Statistics compiled by the Government of India from the reports of provincial Civil Veterinary Departments
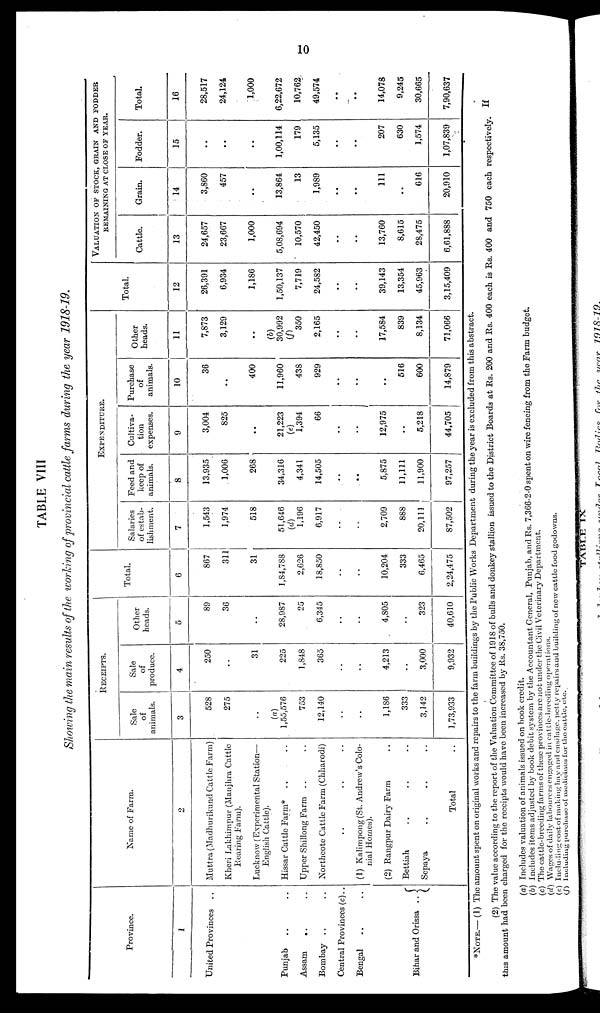
10
TABLE VIII
Showing the main results of the working of provincial cattle farms during the year 1918-19.
Province.
1
United Provinces ..
Punjab .. ..
Assam
.. ..
Bombay .. ..
Central Provinces (c)..
Bengal .. ..
Bihar and Orissa ..
Name of Farm.
2
Muttra (Madhurikund Cattle Farm)
Kheri Lakhimpur (Manjhra Cattle
Rearing Farm).
Lucknow (Experimental Station—
English Cattle).
Hissar Cattle Farm* .. ..
Upper Shillong Farm .. ..
Northcote Cattle Farm (Chharodi)
.. .. ..
(1) Kalimpong (St. Andrew's Colo-
nial Homes).
(2) Rangpur Dairy Farm ..
Bettiah .. .. ..
Sepaya .. .. ..
Total ..
RECEIPTS.
Sale
of
animals.
3
528
275
..
(a)
1,55,576
753
12,140
..
..
1,186
333
3,142
1,73,933
Sale
of
produce.
4
250
..
31
225
1,848
365
..
..
4,213
..
3,000
9,932
Other
heads.
5
89
36
..
28,987
25
6,345
..
..
4,805
..
323
40,610
Total.
6
867
311
31
1,84,788
2,626
18,850
..
..
10,204
333
6,465
2,24,475
EXPENDITURE.
Salaries
of estab-
lishment.
7
1,543
1,974
518
51,646
(d)
1,196
6,917
..
..
2,709
888
20,111
87,502
Feed and
keep of
animals.
8
13,935
1,006
268
34,316
4,341
14,505
..
..
5,875
11,111
11,900
97,257
Cultiva-
tion
expenses.
9
3,004
825
..
21,223
(e)
1,394
66
..
..
12,975
..
5,218
44,705
Purchase
of
animals.
10
36
..
400
11,960
438
929
..
..
..
516
600
14,879
Other
heads.
11
7,873
3,129
..
(b)
30,992
(f)
350
2,165
..
..
17,584
839
8,134
71,066
Total.
12
26,391
6,934
1,186
1,50,137
7,719
24,582
..
..
39,143
13,354
45,963
3,15,409
VALUATION OF STOCK, GRAIN AND FODDER
REMAINING AT CLOSE OF YEAR.
Cattle.
13
24,657
23,667
1,000
5,08,694
10,570
42,450
..
..
13,760
8,615
28,475
6,61,888
Grain.
14
3,860
457
..
13,864
13
1,989
..
..
111
..
616
20,910
Fodder.
15
..
..
..
1,00,114
179
5,135
..
..
207
630
1,574
1,07,839
Total.
16
28,517
24,124
1,000
6,22,672
10,762
49,574
..
..
14,078
9,245
30,665
7,90,637
*NOTE.— (1) The amount spent on original works and repairs to the farm buildings by the Public Works Department during the year is excluded from this abstract.
(2) The value according to the report of the Valuation Committee of 1918 of bulls and donkey stallion issued to the District Boards at Rs. 200 and Rs. 400 each is Rs. 400 and 750 each respectively. If
this amount had been charged for the receipts would have been increased by Rs. 38,750.
(a) Includes valuation of animals issued on book credit.
(b) Includes items adjusted by book debit system by the Accountant General, Punjab, and Rs. 7,366-2-0 spent on wire fencing from the Farm budget.
(c) The cattle-breeding farms of these provinces are not under the Civil Veterinary Department.
(d) Wages of daily labourers engaged in cattle-breeding operations.
(e) Including cost of making hay and ensilage, petty repairs and building of new cattle food godowns.
(f) Including purchase of medicines for the cattle, etc.